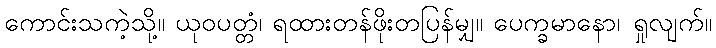
ကောင်းသကဲ့သို့။ ယုဝပတ္တံ၊ ရထားတန်ဖိုးတပြန်မျှ။ ပေက္ခမာနော၊ ရှုလျက်။